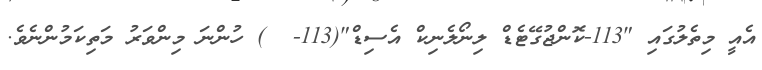
އެއީ މިތެލުގައި "113-ކޮންޖުގޭޓެޑް ލިނޯލެނިކް އެސިޑް"(113-  ) ހުންނަ މިންވަރު މަތިކަމުންނެވެ.